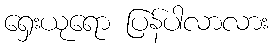
ရှေးယုရော ပြန်ပါလာလား